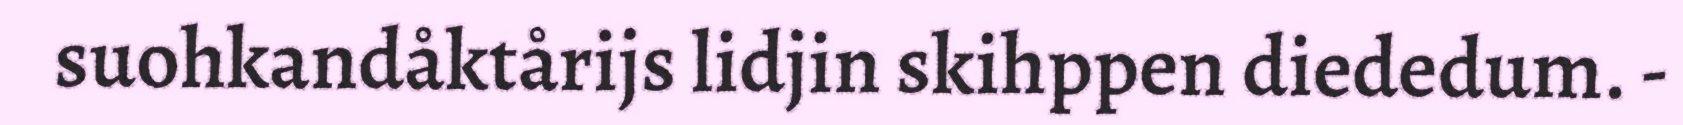
suohkandåktårijs lidjin skihppen diededum. -